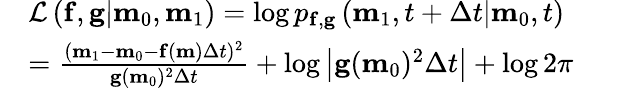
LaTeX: \begin{array}{rlrl}&{\mathcal{L}\left(\mathbf{f},\mathbf{g}\middle|\mathbf{m}_{0},\mathbf{m}_{1}\right)=\log p_{\mathbf{f},\mathbf{g}}\left(\mathbf{m}_{1},t+\Delta t\middle|\mathbf{m}_{0},t\right)}&&{}\\ &{=\frac{(\mathbf{m}_{1}-\mathbf{m}_{0}-\mathbf{f}(\mathbf{m})\Delta t)^{2}}{\mathbf{g}(\mathbf{m}_{0})^{2}\Delta t}+\log\left|\mathbf{g}(\mathbf{m}_{0})^{2}\Delta t\right|+\log 2\pi}\end{array}